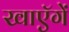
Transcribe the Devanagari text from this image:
खाएॅगें